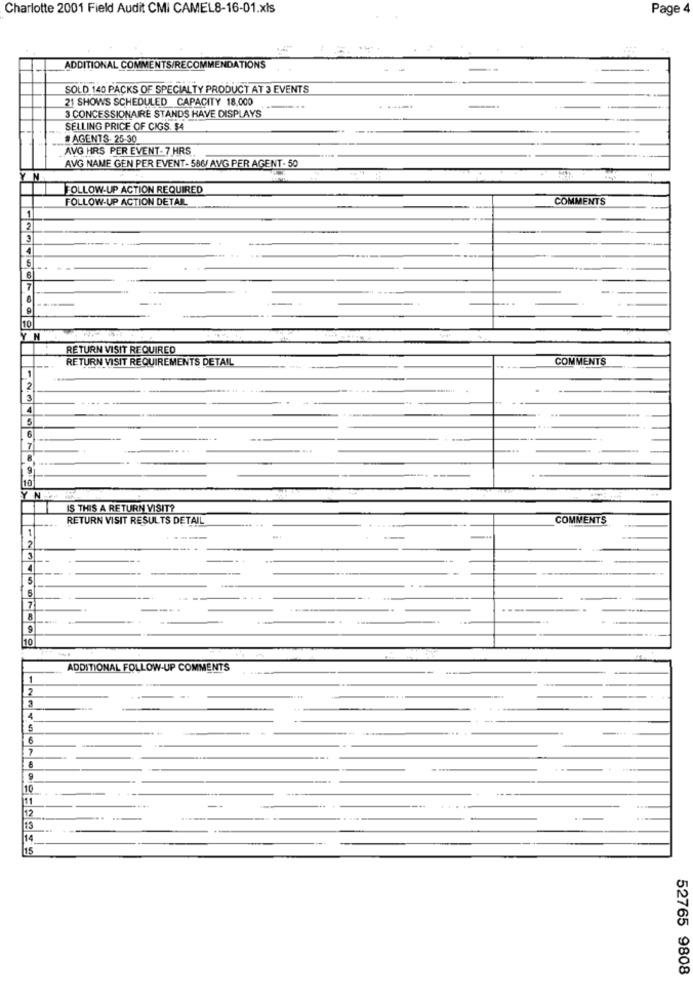
Charlotte 2001 Field Audit CMI CAMEL8-16-01.xls
Page4
ADDITIONAL COMMENTS/RECOMMENDATIONS
SOLD 140 PACKS OF SPECIALTY PRODUCT AT 3 EVENTS
21 SHOWS SCHEDULED CAPACITY 18,000
3 CONCESSIONAIRE STANDS HAVE DISPLAYS
SELLING PRICE OF CIGS. $4
#AGENTS-25-30
AVG HRS PER EVENT-7 HRS
AVG NAME GEN PER EVENT- 586/ AVG PER AGENT- 50
FOLLOW-UP ACTION REQUIRED
FOLLOW-UP ACTION DETAR
COMMENTS
--
1
2
7
10
Y N
RETURN VISIT REQUIRED
RETURN VISIT REQUIREMENTS DETAIL
COMMENTS
2
4
9
10
YN
IS THIS A RETURN VISIT?
RETURN VISIT RESULTS DETAIL
COMMENTS
1
5
7
10
ADDITIONAL FOLLOW-UP COMMENTS
1
2
3
4
5
-
10
+ ---
12
13
14
15
52765 9808